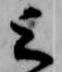
上